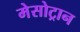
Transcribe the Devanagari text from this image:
मेसोट्रान